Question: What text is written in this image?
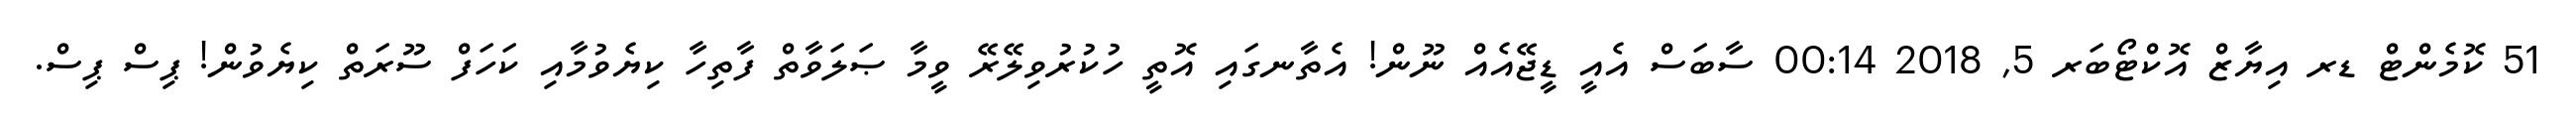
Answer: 51 ކޮމެންޓް ޑރ އިޔާޒް އޮކްޓޯބަރ 5, 2018 00:14 ސާބަސް އެއީ ޑީޖޭއެއް ނޫން! އެތާނގައި އޮތީ ހުކުރުވިލޭރޭ ވީމާ ޞަލަވާތް ފާތިހާ ކިޔެވުމާއި ކަހަފް ސޫރަތް ކިޔެވުން! ޕިސް ޕިސް.